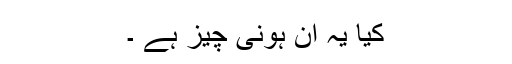
کیا یہ ان ہونی چیز ہے ۔